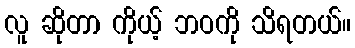
လူ ဆိုတာ ကိုယ့် ဘဝကို သိရတယ်။